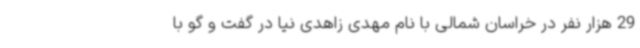
29 هزار نفر در خراسان شمالی با نام مهدی زاهدی نیا در گفت و گو با